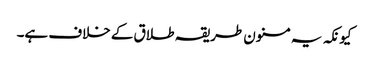
کیونکہ یہ مسنون طریقہ طلاق کے خلاف ہے۔